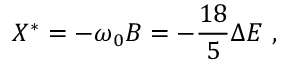
X ^ { * } = - \omega _ { 0 } B = - \frac { 1 8 } { 5 } \Delta E \ ,